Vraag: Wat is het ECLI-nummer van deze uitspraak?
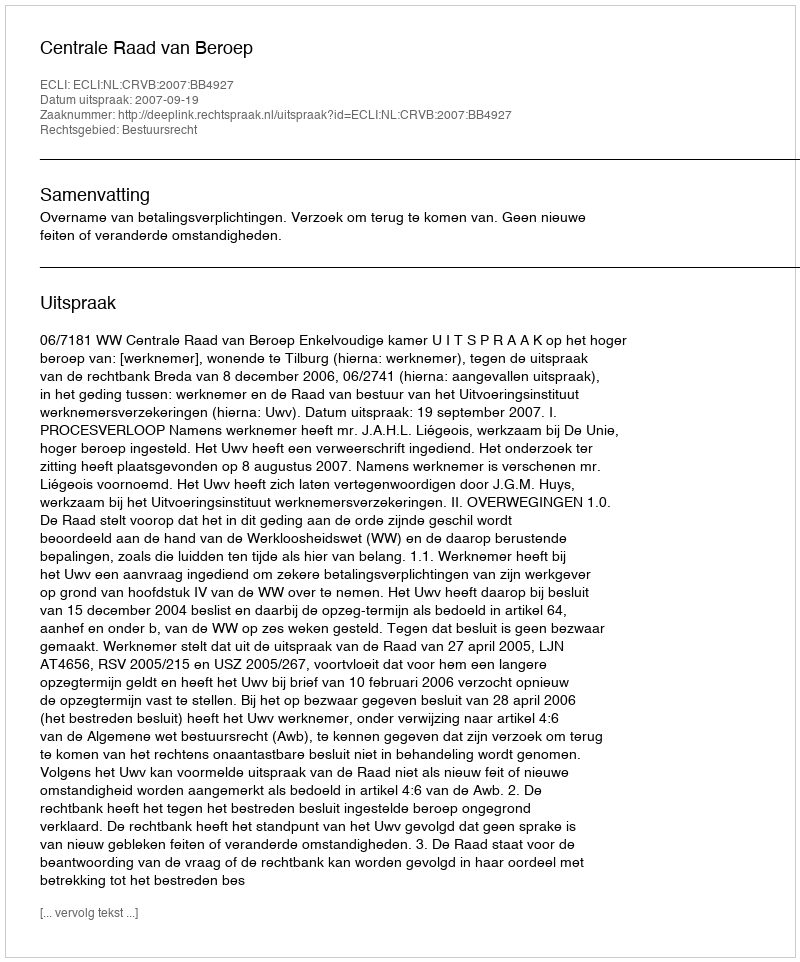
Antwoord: ECLI:NL:CRVB:2007:BB4927